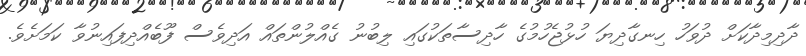
ދާދިމިދާކަށް ދުވަހު ހިނގާދިޔަ ހުޅުޖެހުމުގެ ހާދިސާތަކުގައި ލިބުނު ގެއްލުންތައް އަދިވެސް ފޫބެއްދިފައިނުވާ ކަމަށެވެ.